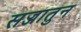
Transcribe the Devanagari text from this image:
सज्जातुन